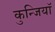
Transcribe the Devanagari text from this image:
कुन्जियाॅ